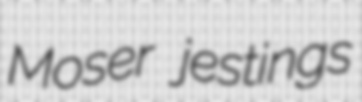
Moser jestings